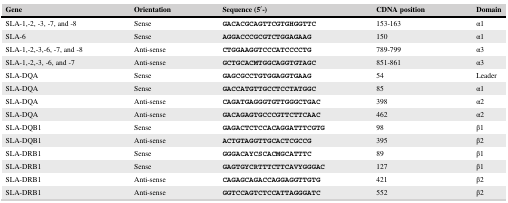
<table><thead><tr><td><b>Gene</b></td><td><b>Orientation</b></td><td><b>Sequence (5′‐)</b></td><td><b>CDNA position</b></td><td><b>Domain</b></td></tr></thead><tbody><tr><td>SLA‐1,‐2, ‐3, ‐7, and ‐8</td><td>Sense</td><td>GACACGCAGTTCGTGHGGTTC</td><td>153‐163</td><td>α1</td></tr><tr><td>SLA‐6</td><td>Sense</td><td>AGGACCCGCGTCTGGAGAAG</td><td>150</td><td>α1</td></tr><tr><td>SLA‐1,‐2,‐3,‐6, ‐7, and ‐8</td><td>Anti‐sense</td><td>CTGGAAGGTCCCATCCCCTG</td><td>789‐799</td><td>α3</td></tr><tr><td>SLA‐1,‐2,‐3, ‐6, and ‐7</td><td>Anti‐sense</td><td>GCTGCACMTGGCAGGTGTAGC</td><td>851‐861</td><td>α3</td></tr><tr><td>SLA‐DQA</td><td>Sense</td><td>GAGCGCCTGTGGAGGTGAAG</td><td>54</td><td>Leader</td></tr><tr><td>SLA‐DQA</td><td>Sense</td><td>GACCATGTTGCCTCCTATGGC</td><td>85</td><td>α1</td></tr><tr><td>SLA‐DQA</td><td>Anti‐sense</td><td>CAGATGAGGGTGTTGGGCTGAC</td><td>398</td><td>α2</td></tr><tr><td>SLA‐DQA</td><td>Anti‐sense</td><td>GACAGAGTGCCCGTTCTTCAAC</td><td>462</td><td>α2</td></tr><tr><td>SLA‐DQB1</td><td>Sense</td><td>GAGACTCTCCACAGGATTTCGTG</td><td>98</td><td>β1</td></tr><tr><td>SLA‐DQB1</td><td>Anti‐sense</td><td>ACTGTAGGTTGCACTCGCCG</td><td>395</td><td>β2</td></tr><tr><td>SLA‐DRB1</td><td>Sense</td><td>GGGACAYCSCACMGCATTTC</td><td>89</td><td>β1</td></tr><tr><td>SLA‐DRB1</td><td>Sense</td><td>GAGTGYCRTTTCTTCAVYGGGAC</td><td>127</td><td>β1</td></tr><tr><td>SLA‐DRB1</td><td>Anti‐sense</td><td>CAGAGCAGACCAGGAGGTTGTG</td><td>421</td><td>β2</td></tr><tr><td>SLA‐DRB1</td><td>Anti‐sense</td><td>GGTCCAGTCTCCATTAGGGATC</td><td>552</td><td>β2</td></tr></tbody></table>